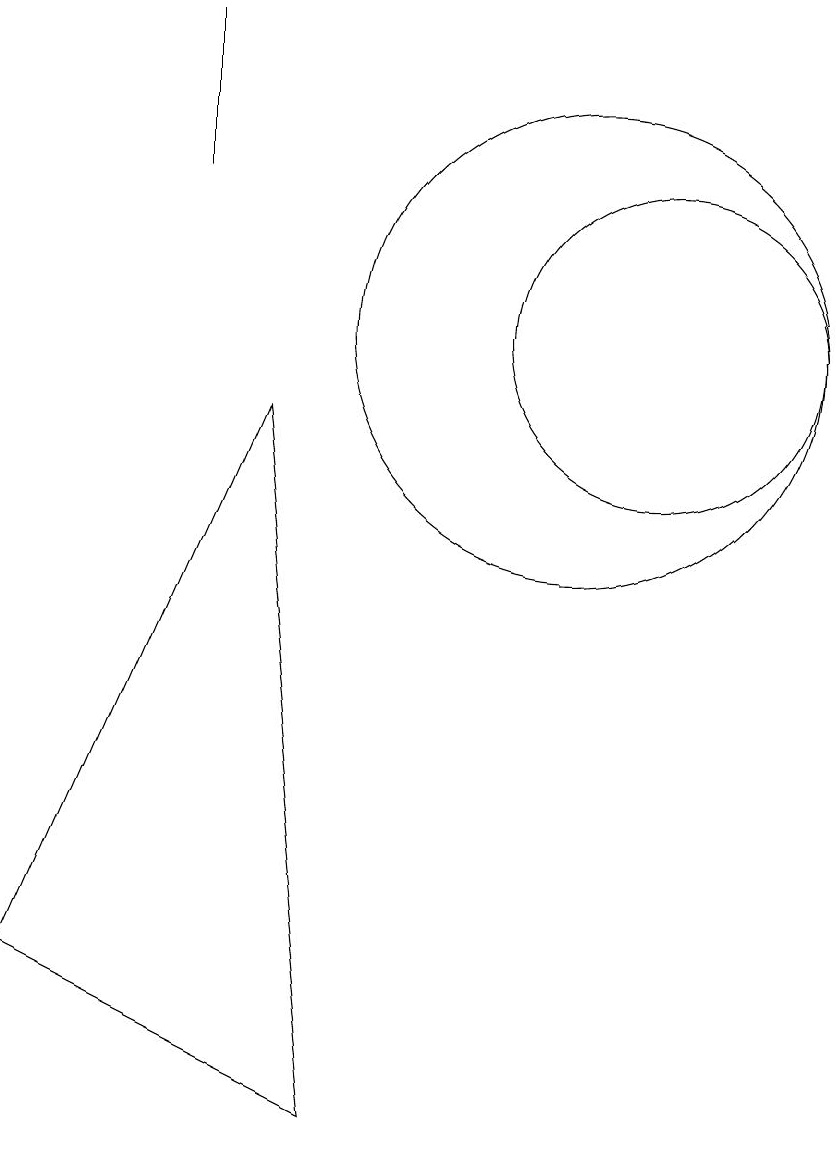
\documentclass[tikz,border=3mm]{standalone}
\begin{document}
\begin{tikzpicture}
\draw (3,2) -- (6,9) -- (7,0) -- cycle;
\draw (5,14) rectangle (5,12);
\draw (10,10) circle (3);
\draw (11,10) circle (2);
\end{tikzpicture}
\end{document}